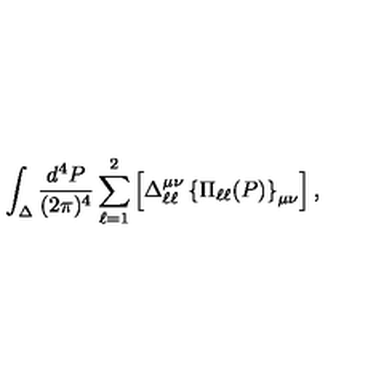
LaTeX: \int _ { \Delta } \frac { d ^ { 4 } P } { ( 2 \pi ) ^ { 4 } } \sum _ { \ell = 1 } ^ { 2 } \left[ \Delta _ { \ell \ell } ^ { \mu \nu } \left\{ \Pi _ { \ell \ell } ( P ) \right\} _ { \mu \nu } \right] ,